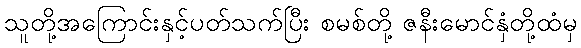
သူတို့အကြောင်းနှင့်ပတ်သက်ပြီး စမစ်တို့ ဇနီးမောင်နှံတို့ထံမှ